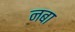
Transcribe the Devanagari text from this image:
नबा